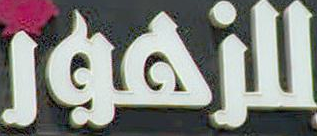
للزهور